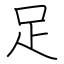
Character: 足